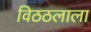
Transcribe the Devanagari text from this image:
विठठलाला